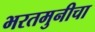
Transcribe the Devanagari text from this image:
भरतमुनीचा